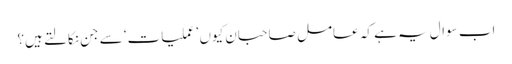
اب سوال یہ ہے کہ عامل صاحبان کیوں ’عملیات‘ سے جن نکالتے ہیں؟